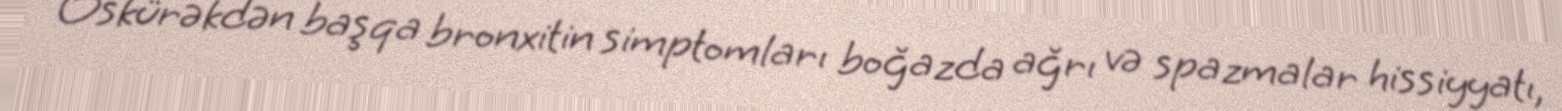
Öskürəkdən başqa bronxitin simptomları boğazda ağrı və spazmalar hissiyyatı,